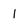
Character: l